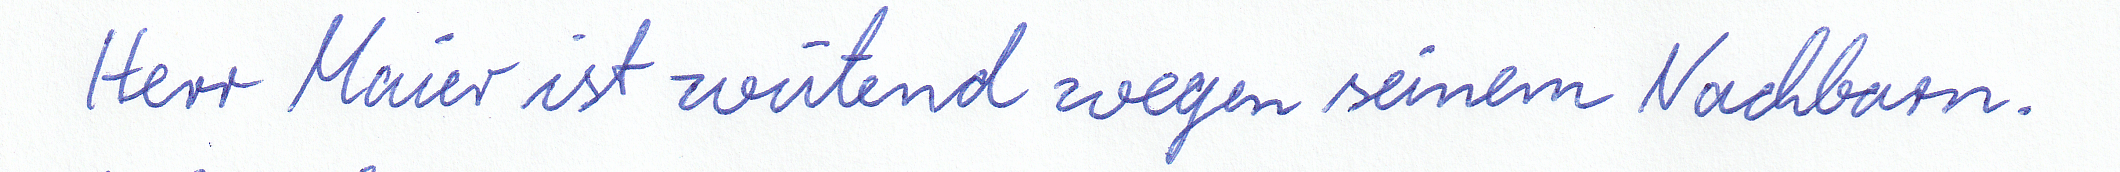
Herr Maier ist wütend wegen seinem Nachbarn.